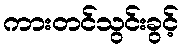
ကားတင်သွင်းခွင့်